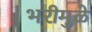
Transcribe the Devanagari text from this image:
भरीमुळे